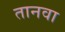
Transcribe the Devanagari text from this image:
तानवा